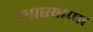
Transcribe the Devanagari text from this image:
आरक्षणा